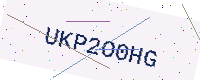
Text: UKP2O0HG